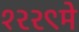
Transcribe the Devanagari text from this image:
१२२९मे